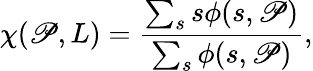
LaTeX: \chi(\mathscr{P},L)=\frac{{\sum_{s}s\phi(s,\mathscr{P})}}{{\sum_{s}\phi(s,\mathscr{P})}},